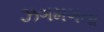
ઝગમગતા